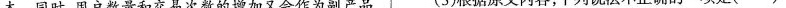
本。同时，用户数量和交易次数的增加又会作为副产品 (3)根据原文内容，下列说法不正确的一项是( )